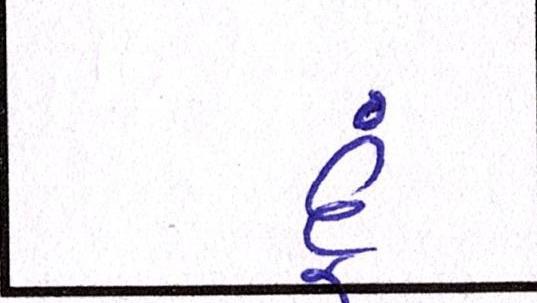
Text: દૂં